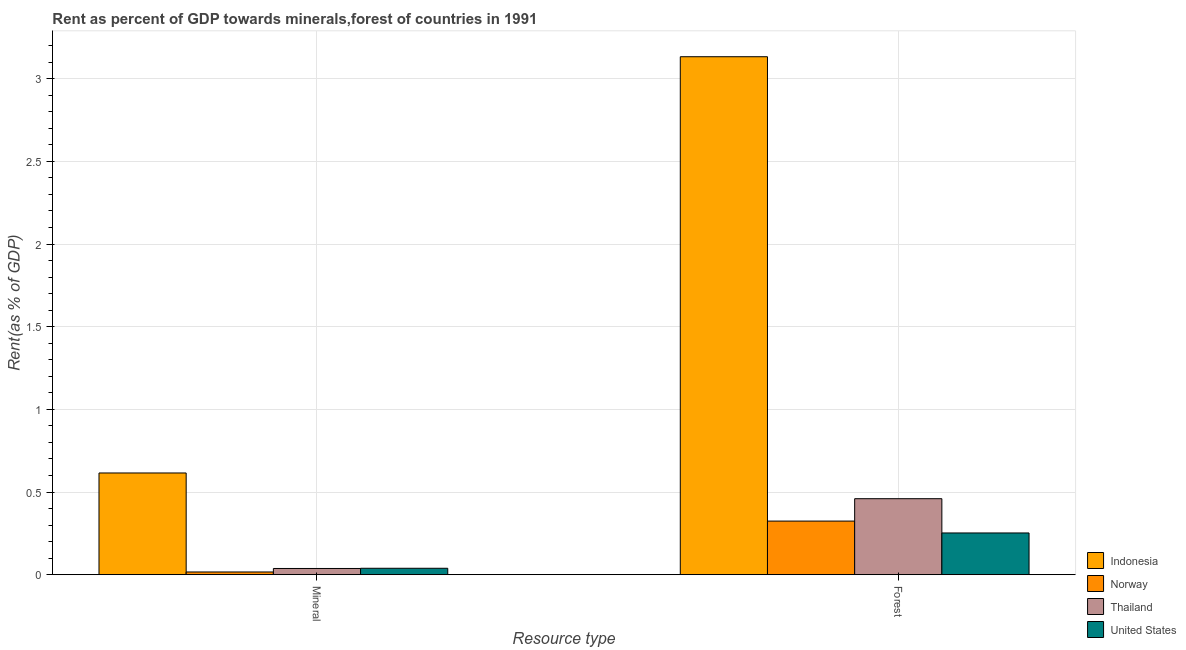
| Resource type | Indonesia | Norway | Thailand | United States |
 | --- | --- | --- | --- | --- |
 | Mineral | 0.615 | 0.0165 | 0.0376 | 0.0388 |
 | Forest | 3.13 | 0.324 | 0.46 | 0.252 |